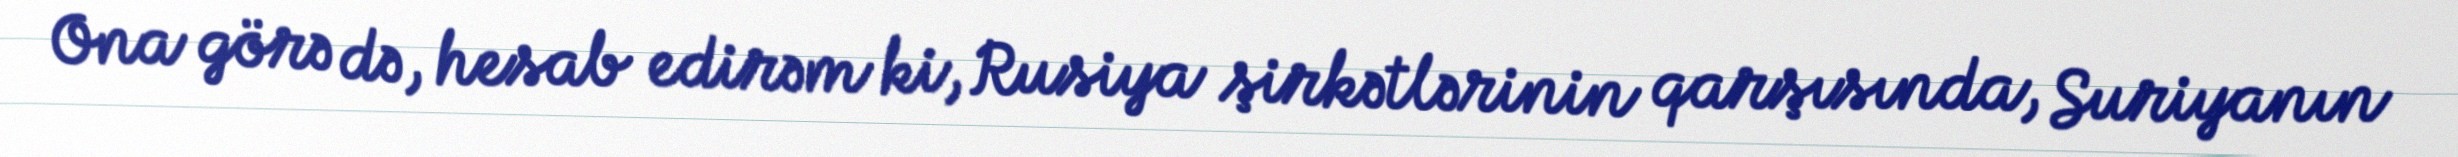
Ona görə də, hesab edirəm ki, Rusiya şirkətlərinin qarşısında, Suriyanın